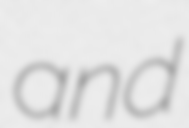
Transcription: and